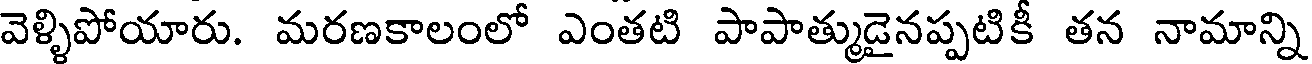
వెళ్ళిపోయారు. మరణకాలంలో ఎంతటి పాపాత్ముడైనప్పటికీ తన నామాన్ని